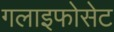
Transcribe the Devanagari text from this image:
गलाइफोसेट